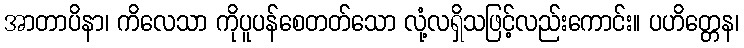
အာတာပိနာ၊ ကိလေသာ ကိုပူပန်စေတတ်သော လုံ့လရှိသဖြင့်လည်းကောင်း။ ပဟိတ္တေန၊